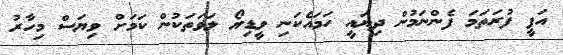
އަފީ ފުރަތަމަ ފެންނަމުން ދިޔައީ ހަމައެކަނި ވީޑިޔޯ ލަވަތަކުން ކަމަށް ވިޔަސް މިހާރު